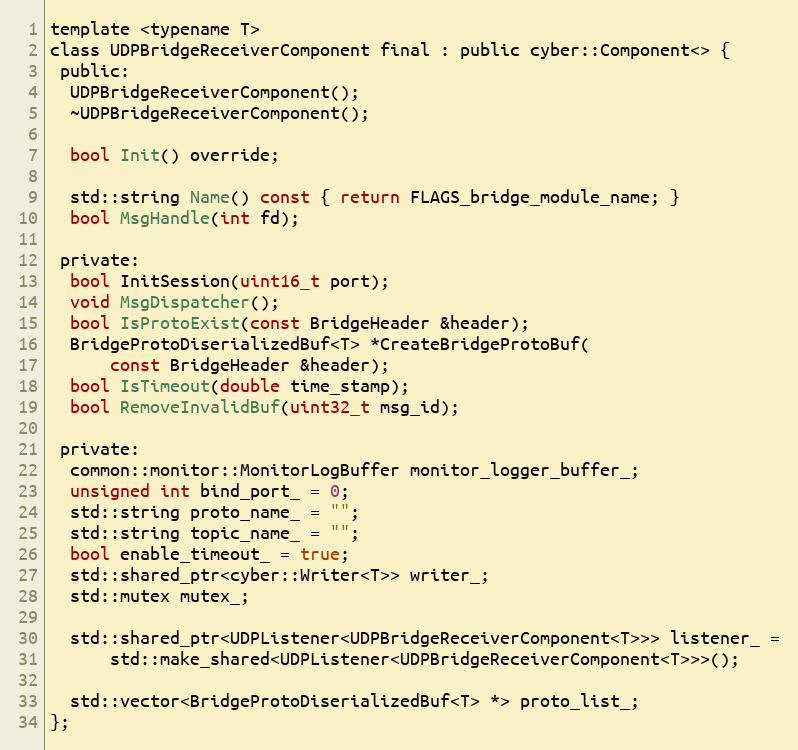
Language: C
template <typename T>
class UDPBridgeReceiverComponent final : public cyber::Component<> {
 public:
  UDPBridgeReceiverComponent();
  ~UDPBridgeReceiverComponent();

  bool Init() override;

  std::string Name() const { return FLAGS_bridge_module_name; }
  bool MsgHandle(int fd);

 private:
  bool InitSession(uint16_t port);
  void MsgDispatcher();
  bool IsProtoExist(const BridgeHeader &header);
  BridgeProtoDiserializedBuf<T> *CreateBridgeProtoBuf(
      const BridgeHeader &header);
  bool IsTimeout(double time_stamp);
  bool RemoveInvalidBuf(uint32_t msg_id);

 private:
  common::monitor::MonitorLogBuffer monitor_logger_buffer_;
  unsigned int bind_port_ = 0;
  std::string proto_name_ = "";
  std::string topic_name_ = "";
  bool enable_timeout_ = true;
  std::shared_ptr<cyber::Writer<T>> writer_;
  std::mutex mutex_;

  std::shared_ptr<UDPListener<UDPBridgeReceiverComponent<T>>> listener_ =
      std::make_shared<UDPListener<UDPBridgeReceiverComponent<T>>>();

  std::vector<BridgeProtoDiserializedBuf<T> *> proto_list_;
};